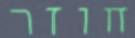
חוזר